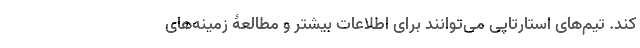
کند. تیم‌های استارتاپی می‌توانند برای اطلاعات بیشتر و مطالعۀ زمینه‌های